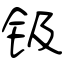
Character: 钑